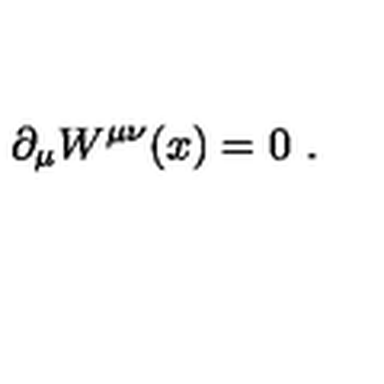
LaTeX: \partial _ { \mu } W ^ { \mu \nu } ( x ) = 0 \ .